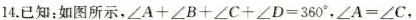
14.已知：如图所示，$$∠ A + ∠ B + ∠ C +∠ D = 3 6 0 °$$，$$∠